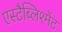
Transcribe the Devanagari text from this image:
एस्टैब्लिश्मेंट